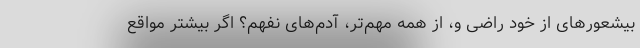
بیشعورهای از خود راضی و، از همه مهم‌تر، آدم‌های نفهم؟ اگر بیشتر مواقع